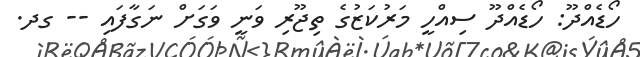
ހޯޑެއްދޫ: ހޯޑެއްދޫ ސިއްހީ މަރުކަޒުގެ ތިޖޫރި ވަނީ ވަގަށް ނަގާފައި -- ގދ.